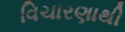
વિચારણાથી